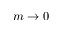
m \to 0